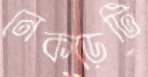
নেকড়েটি